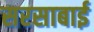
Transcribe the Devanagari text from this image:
सरसाबाई